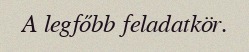
A legfőbb feladatkör.